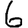
Digit: 6